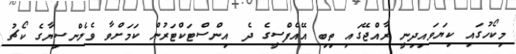
މިކޯހުގައި ކިޔަވައިދިނީ ރާއްޖޭގައި ތިބި އޭއެފްސީގެ ދެ އިންސްޓަކްޓަރުން ކަމަށްވާ ވެލެންސިޔާގެ ކޯޗު